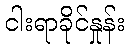
ငါးရာခိုင်နှုန်း